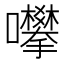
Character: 𱕮